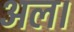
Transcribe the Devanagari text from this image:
अल।